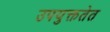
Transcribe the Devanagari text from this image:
उपयुक्ततेत